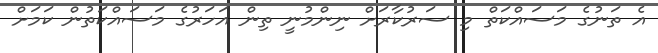
އެ ތަނުގެ މަސައްކަތް މި ސަރުކާރަށް ނިންމުނީ ތިން އަހަރުގެ މަސައްކަތުން ކަމަށް